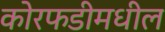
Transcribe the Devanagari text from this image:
कोरफडीमधील